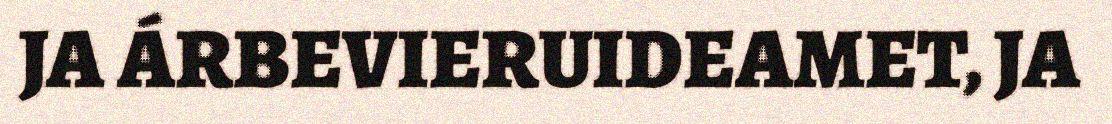
JA ÁRBEVIERUIDEAMET, JA